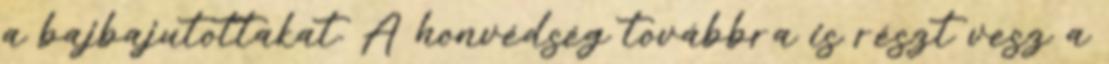
a bajbajutottakat. A honvédség továbbra is részt vesz a